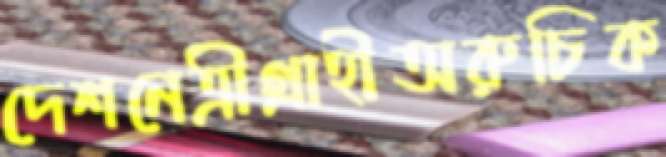
দেশনেত্রীগ্রাহীঅরুচিক